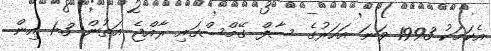
އެކަމަކު 1993 ވަނަ އަހަރުގެ ސާފް ގޭމްސްގައި ރާއްޖެ އަތުން 3-1 އިން